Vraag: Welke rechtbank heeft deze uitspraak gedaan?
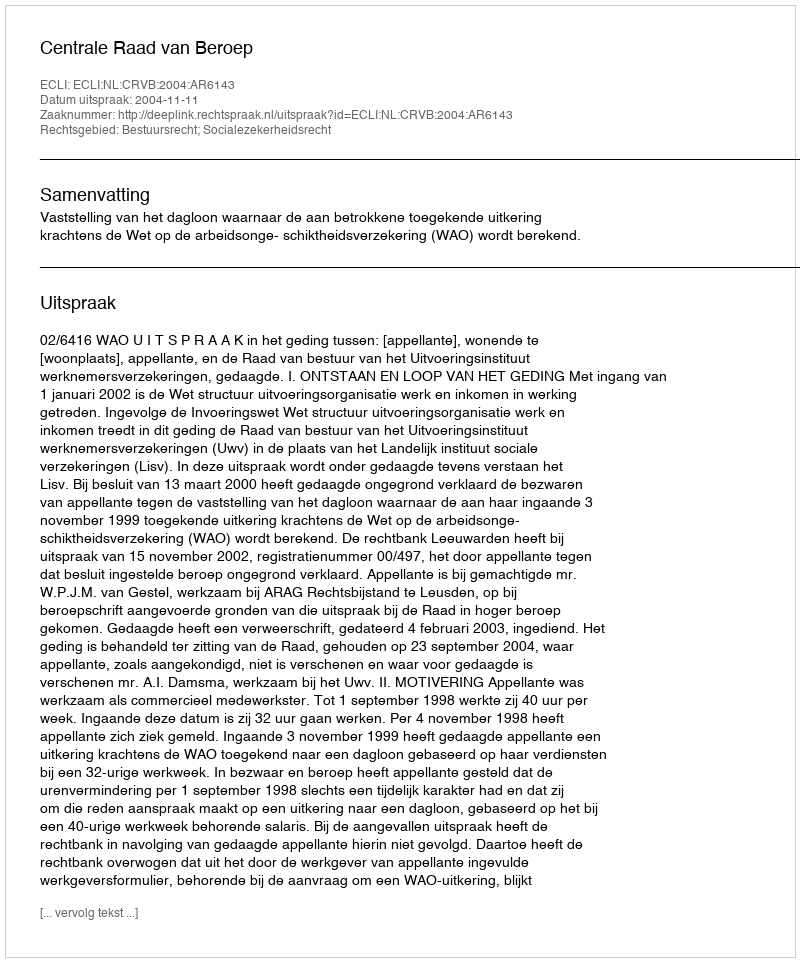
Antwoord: Centrale Raad van Beroep